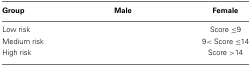
<table><thead><tr><td><b>Group</b></td><td><b>Male</b></td><td><b>Female</b></td></tr></thead><tbody><tr><td>Low risk</td><td>[EMPTY_CELL]</td><td>Score ≤9</td></tr><tr><td>Medium risk</td><td>[EMPTY_CELL]</td><td>9 &lt; Score ≤14</td></tr><tr><td>High risk</td><td>[EMPTY_CELL]</td><td>Score &gt;14</td></tr></tbody></table>